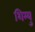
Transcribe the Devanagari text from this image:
शिम्यु